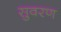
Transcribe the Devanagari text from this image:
सुवरण